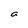
Character: a